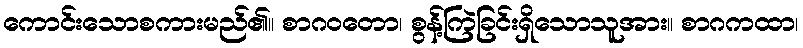
ကောင်းသောစကားမည်၏။ စာဂဝတော၊ စွန့်ကြဲခြင်းရှိသောသူအား။ စာဂကထာ၊